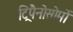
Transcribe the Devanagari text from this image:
ट्रिपैनोसोमों